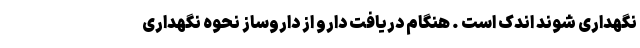
نگهداری شوند اندک است . هنگام دریافت دارو از داروساز نحوه نگهداری